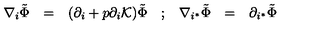
\begin{array} { c c c c c c c } { \nabla _ { i } \tilde { \Phi } } & { = } & { ( \partial _ { i } + p \partial _ { i } { \cal K } ) \tilde { \Phi } } & { ; } & { \nabla _ { i ^ { * } } \tilde { \Phi } } & { = } & { \partial _ { i ^ { * } } \tilde { \Phi } } \\ \end{array}